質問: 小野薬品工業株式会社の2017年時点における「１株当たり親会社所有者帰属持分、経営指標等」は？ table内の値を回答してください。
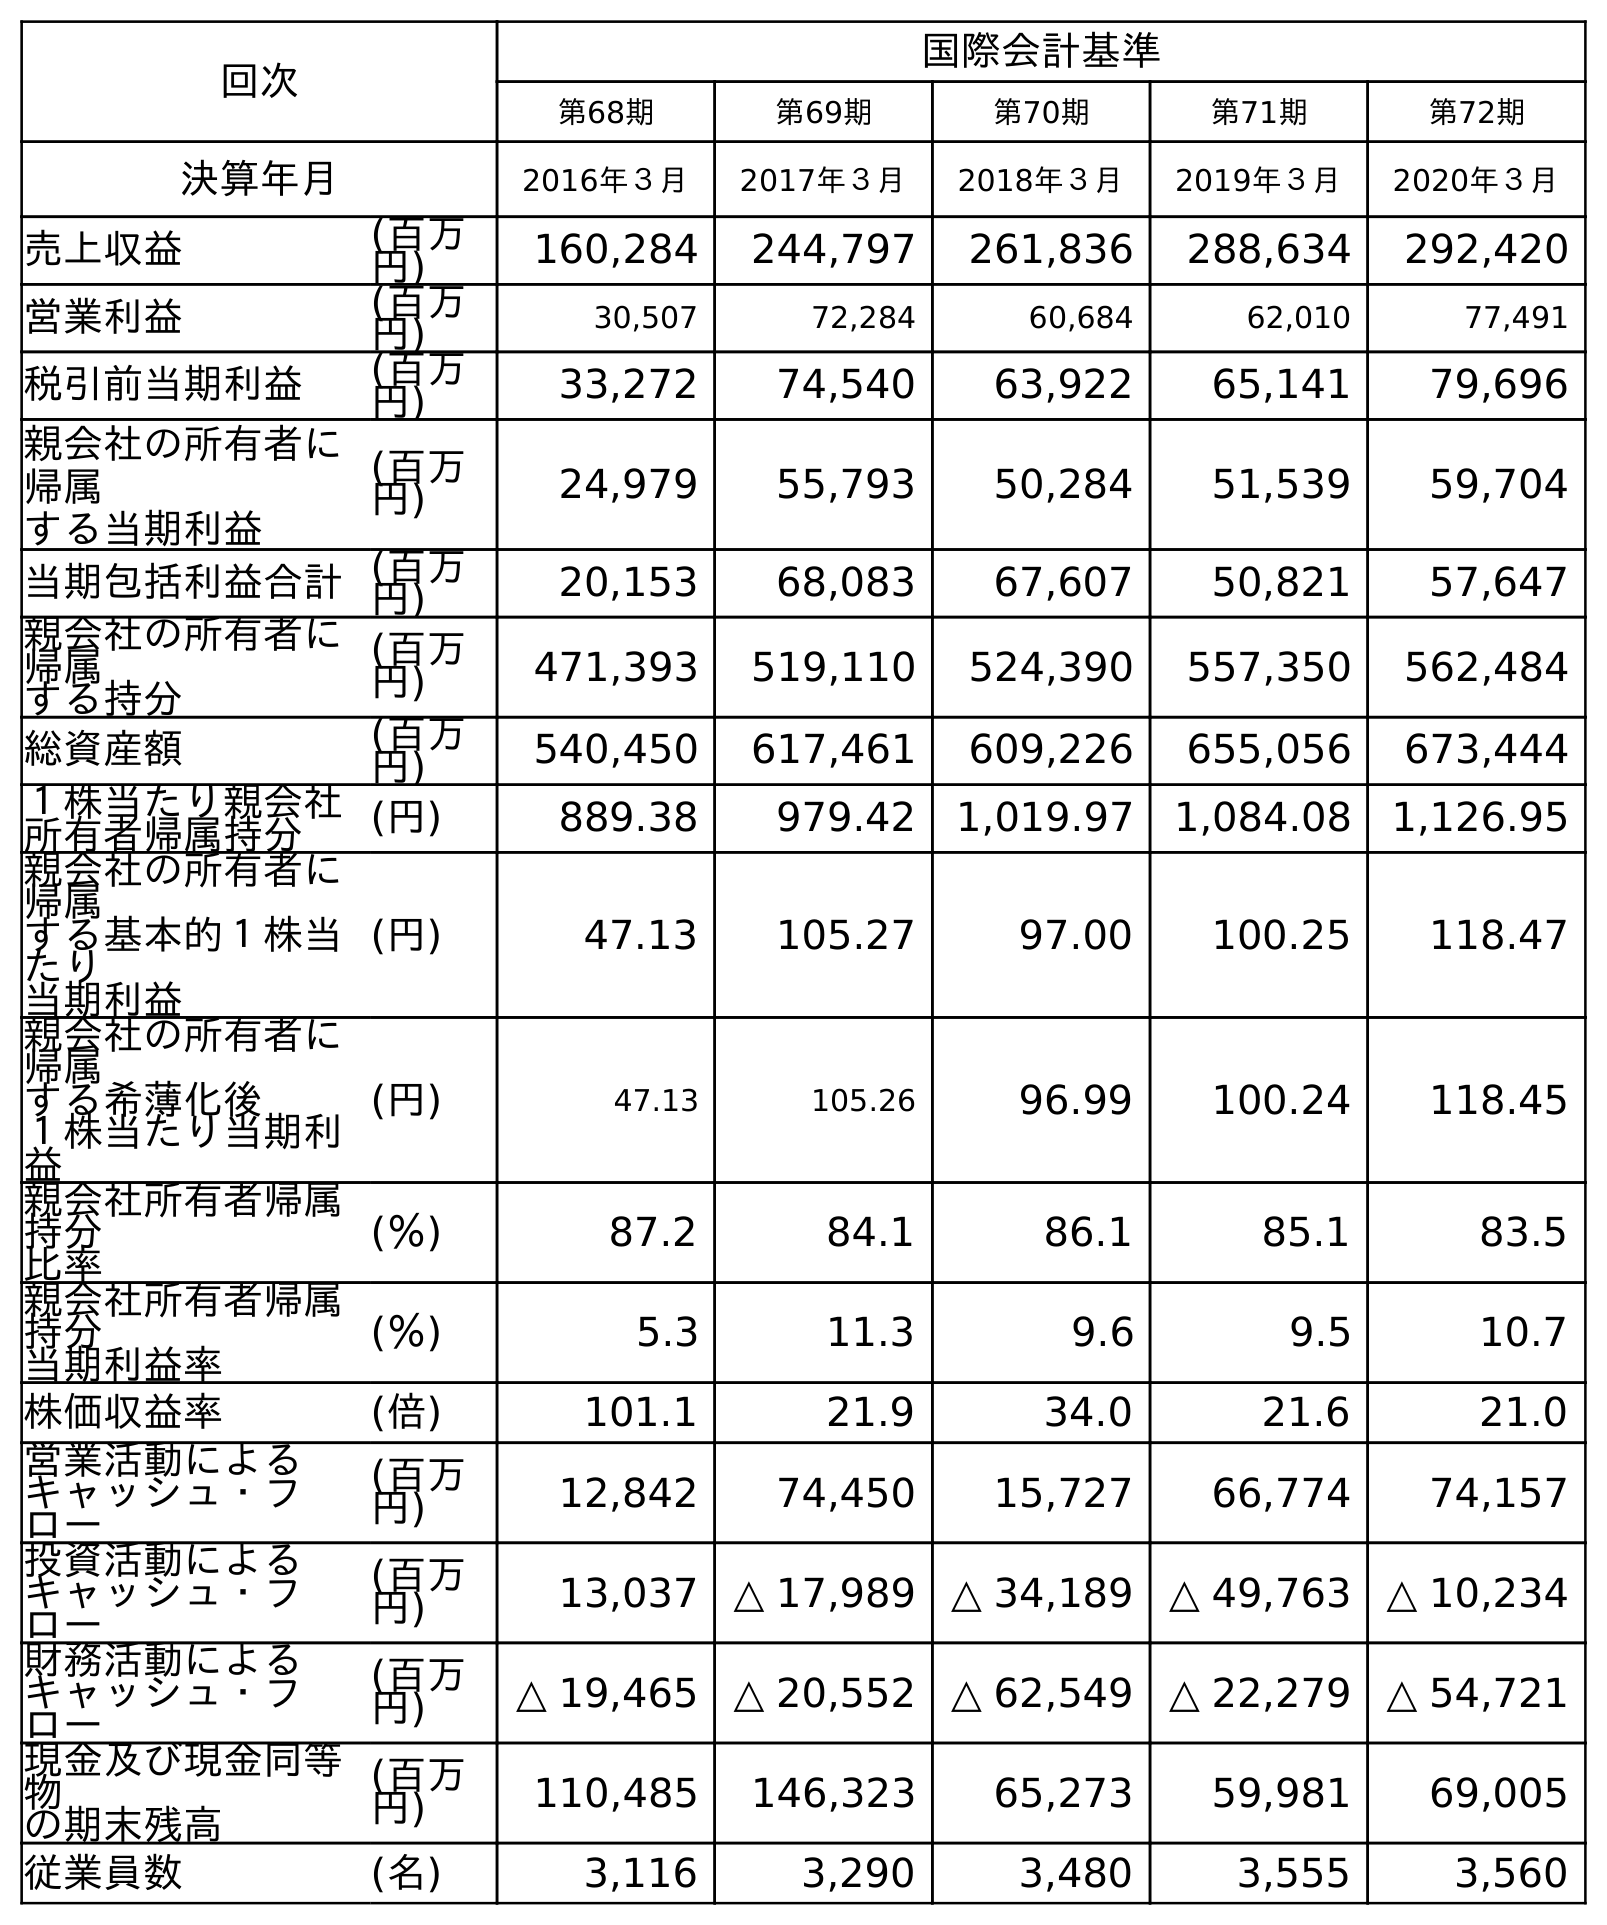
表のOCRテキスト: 回次 国際会計基準 第68期 第69期 第70期 第71期 第72期 決算年月 2016年３月 2017年３月 2018年３月 2019年３月 2020年３月 売上収益 (百万 円) 160,284 244,797 261,836 288,634 292,420 営業利益 (百万 円) 30,507 72,284 60,684 62,010 77,491 税引前当期利益 (百万 円) 33,272 74,540 63,922 65,141 79,696 親会社の所有者に 帰属 する当期利益 (百万 円) 24,979 55,793 50,284 51,539 59,704 当期包括利益合計(百万 円) 20,153 68,083 67,607 50,821 57,647 親会社の所有者に 帰属 する持分 (百万 円) 471,393 519,110 524,390 557,350 562,484 総資産額 (百万 円) 540,450 617,461 609,226 655,056 673,444 １株当たり親会社 所有者帰属持分 (円) 889.38 979.42 1,019.97 1,084.08 1,126.95 親会社の所有者に 帰属 する基本的１株当 たり 当期利益 (円) 47.13 105.27 97.00 100.25 118.47 親会社の所有者に 帰属 する希薄化後 １株当たり当期利 益 (円) 47.13 105.26 96.99 100.24 118.45 親会社所有者帰属 持分 比率 (％) 87.2 84.1 86.1 85.1 83.5 親会社所有者帰属 持分 当期利益率 (％) 5.3 11.3 9.6 9.5 10.7 株価収益率 (倍) 101.1 21.9 34.0 21.6 21.0 営業活動による キャッシュ・フ ロー (百万 円) 12,842 74,450 15,727 66,774 74,157 投資活動による キャッシュ・フ ロー (百万 円) 13,037 △ 17,989 △ 34,189 △ 49,763 △ 10,234 財務活動による キャッシュ・フ ロー (百万 円) △ 19,465 △ 20,552 △ 62,549 △ 22,279 △ 54,721 現金及び現金同等 物 の期末残高 (百万 円) 110,485 146,323 65,273 59,981 69,005 従業員数 (名) 3,116 3,290 3,480 3,555 3,560
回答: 979.42